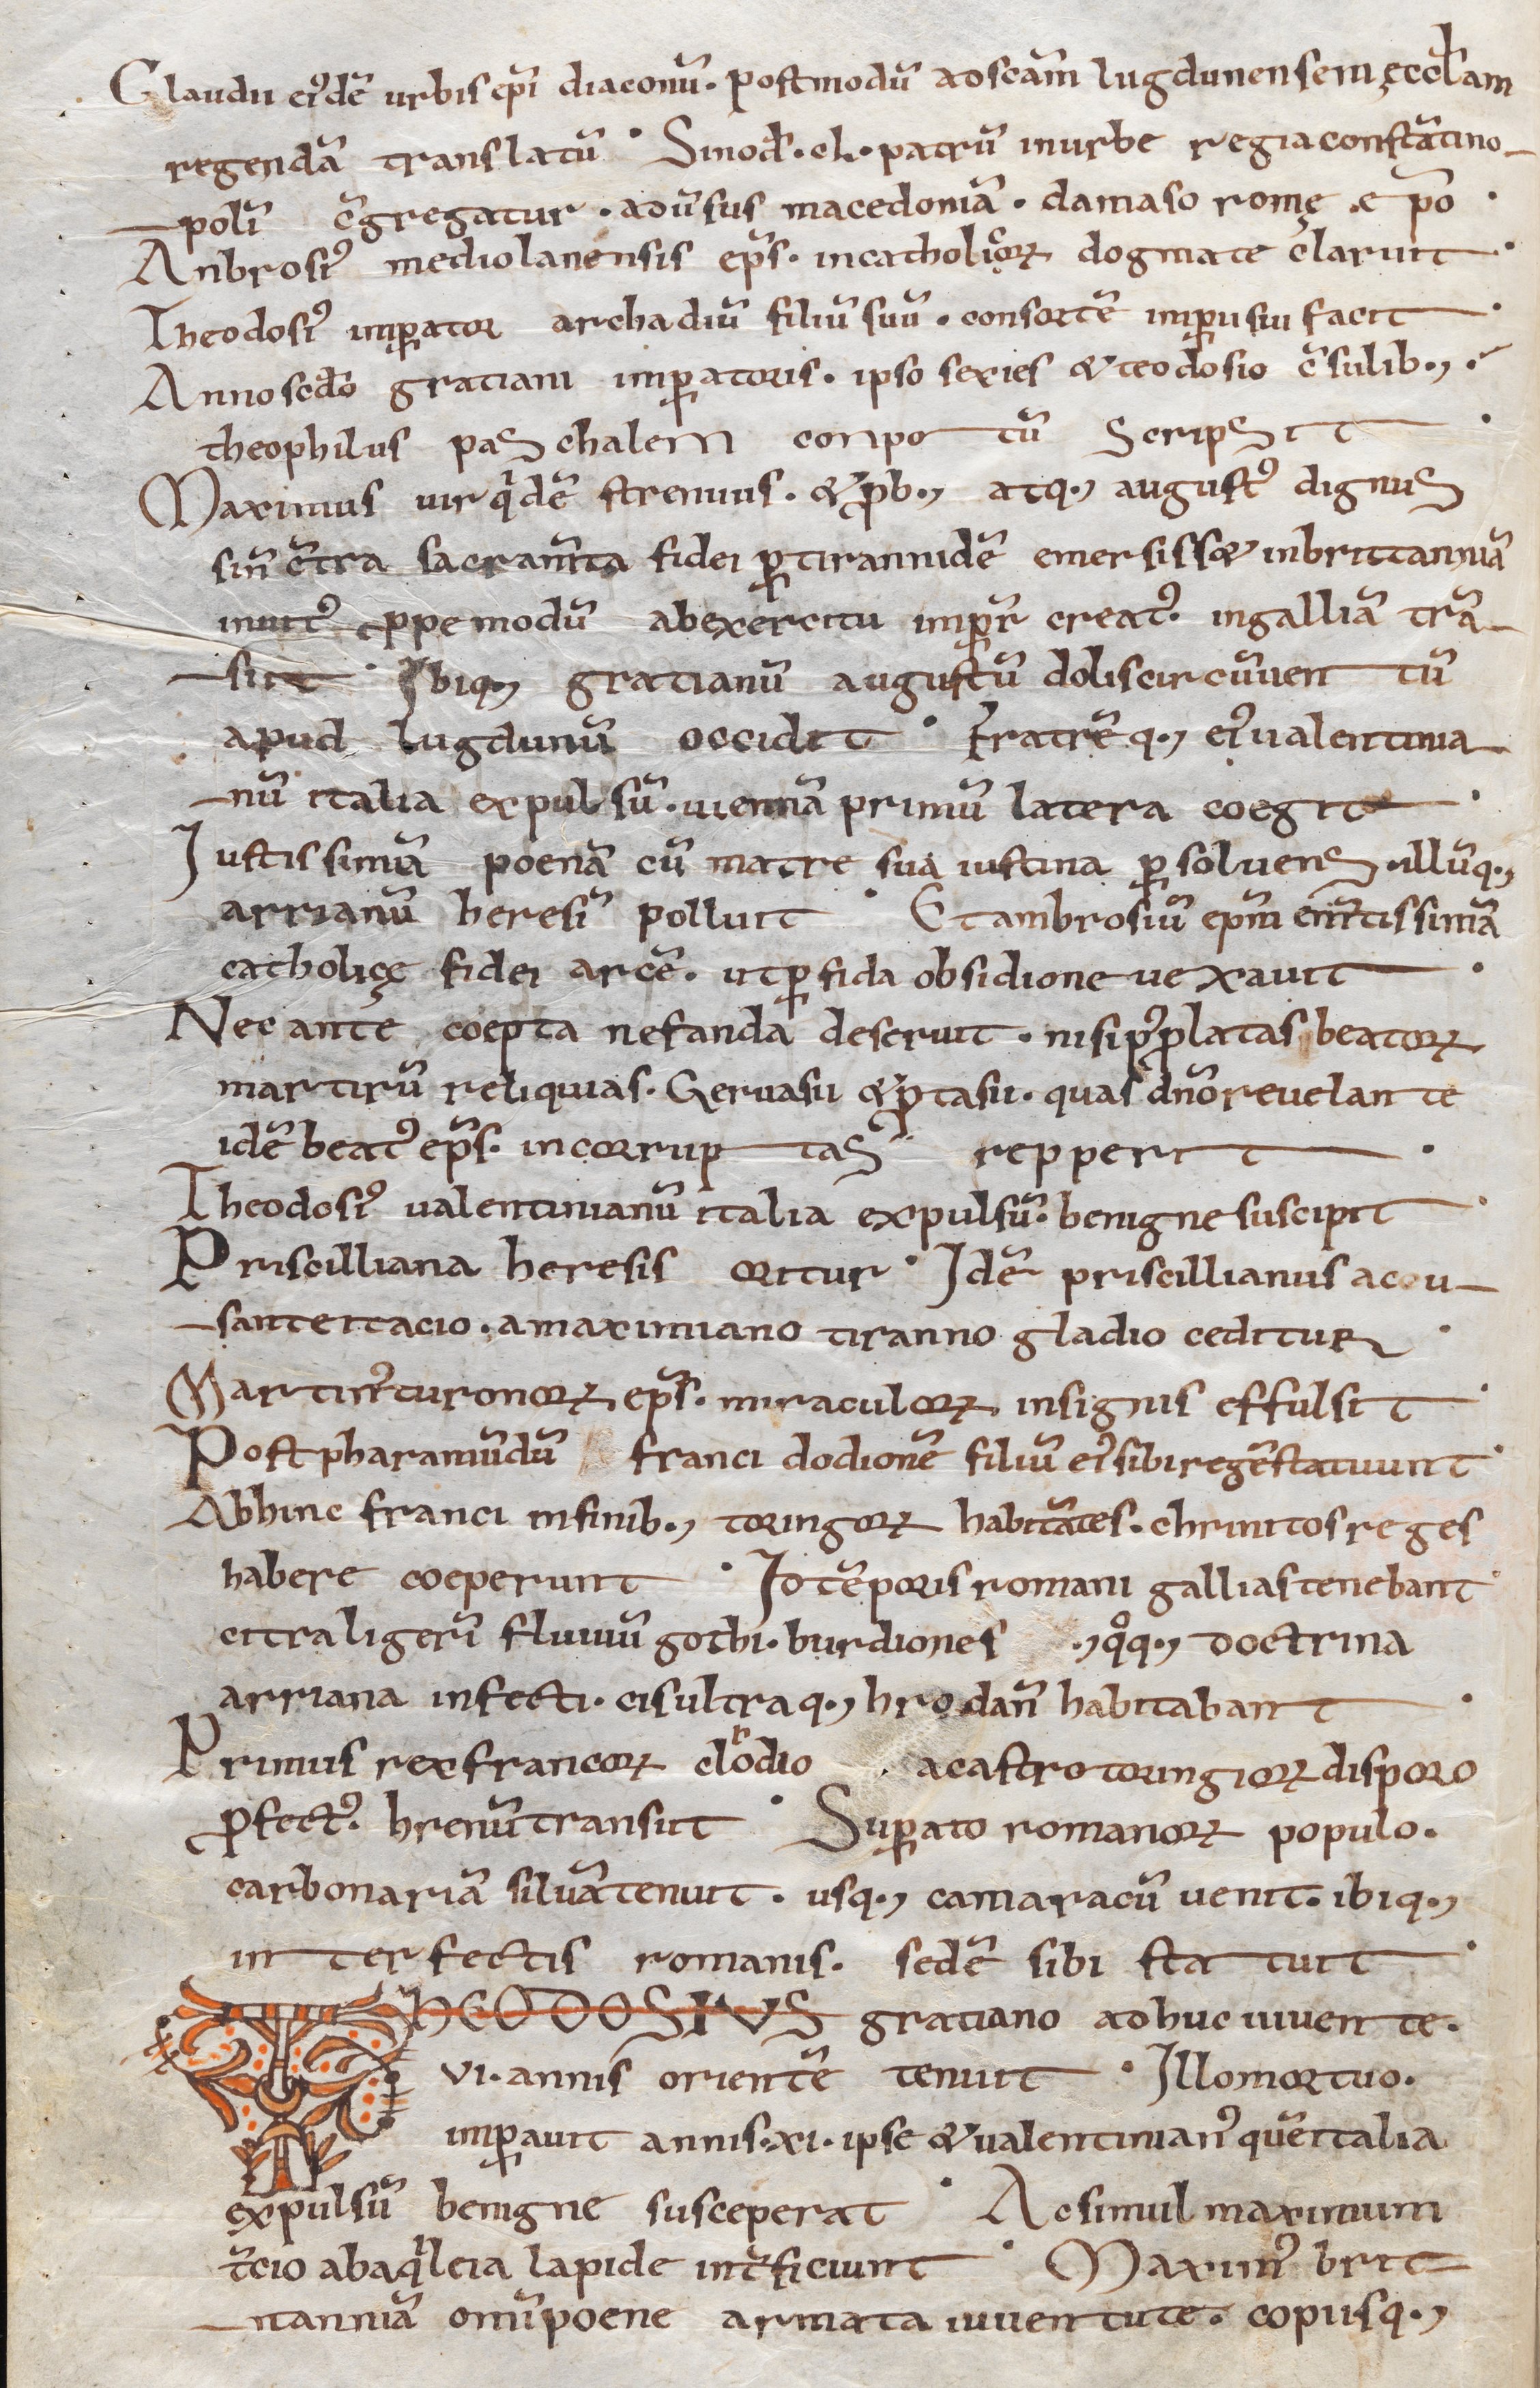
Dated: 1039–1056